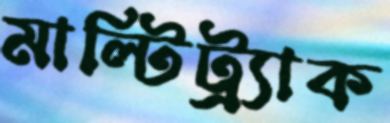
মাল্টিট্র্যাক